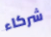
شركاء